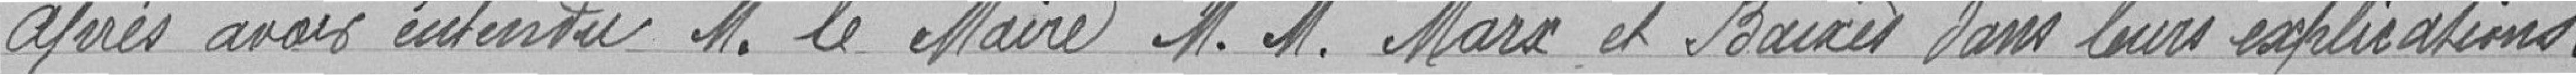
Après avoir entendu M. LE MAIRE Messieurs MARX et BAIXIS dans leurs explications :